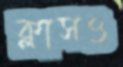
ক্লাসও